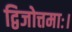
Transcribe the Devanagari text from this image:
द्विजोत्तमाः।